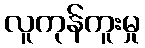
လူကုန်ကူးမှု